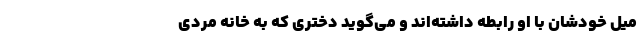
میل خودشان با او رابطه داشته‌اند و می‌گوید دختری که به خانه مردی